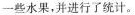
一些水果，并进行了统计。